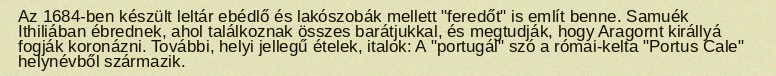
Az 1684-ben készült leltár ebédlő és lakószobák mellett "feredőt" is említ benne. Samuék Ithiliában ébrednek, ahol találkoznak összes barátjukkal, és megtudják, hogy Aragornt királlyá fogják koronázni. További, helyi jellegű ételek, italok: A "portugál" szó a római-kelta "Portus Cale" helynévből származik.